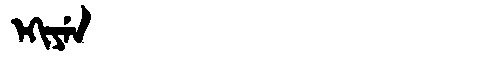
Manchu: ᡝᡴᡳᠶᡝᠨ
Romanization: EKIYEN